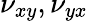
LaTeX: \nu_{xy},\nu_{yx}